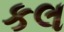
કલ